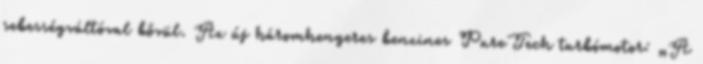
sebességváltóval bővül. Az új háromhengeres benzines PureTech turbómotor: „A